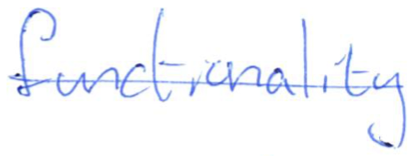
Text: functionality
Cross-out: single-line
Writing tool: ballpoint